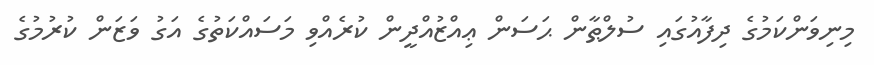
މިނިވަންކަމުގެ ދިފާއުގައި ސުލްޠާން ޙަސަން ޢިއްޒުއްދީން ކުރެއްވި މަސައްކަތުގެ އަގު ވަޒަން ކުރުމުގެ